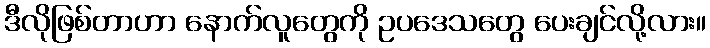
ဒီလိုဖြစ်တာဟာ နောက်လူတွေကို ဥပဒေသတွေ ပေးချင်လို့လား။